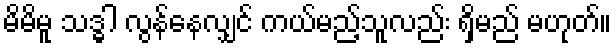
မိမိမူ သဒ္ဓါ လွန်နေလျှင် ကယ်မည့်သူလည်း ရှိမည် မဟုတ်။